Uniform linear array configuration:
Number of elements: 8
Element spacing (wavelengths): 1
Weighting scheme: hamming
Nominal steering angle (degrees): -15
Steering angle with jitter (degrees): -15.447
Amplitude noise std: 0.05
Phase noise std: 0.05

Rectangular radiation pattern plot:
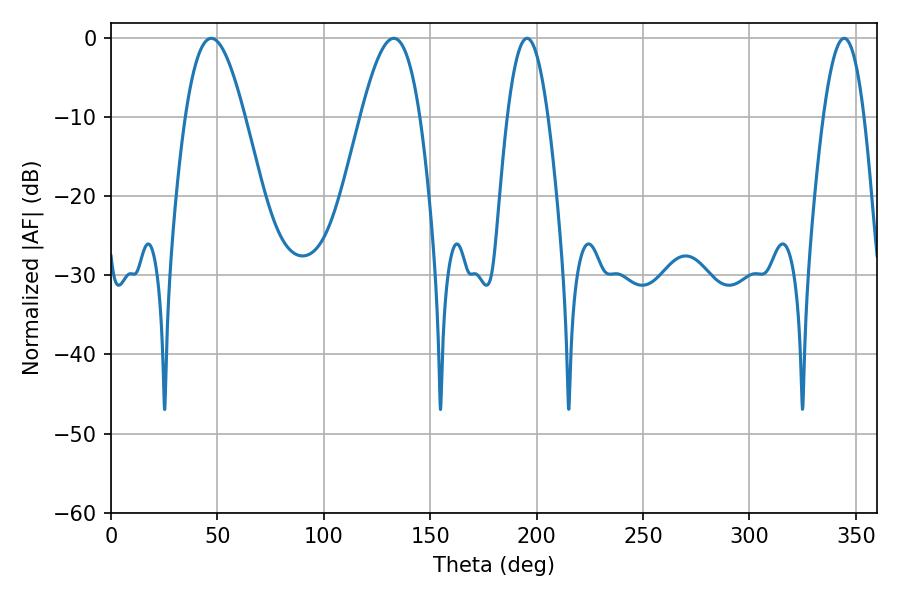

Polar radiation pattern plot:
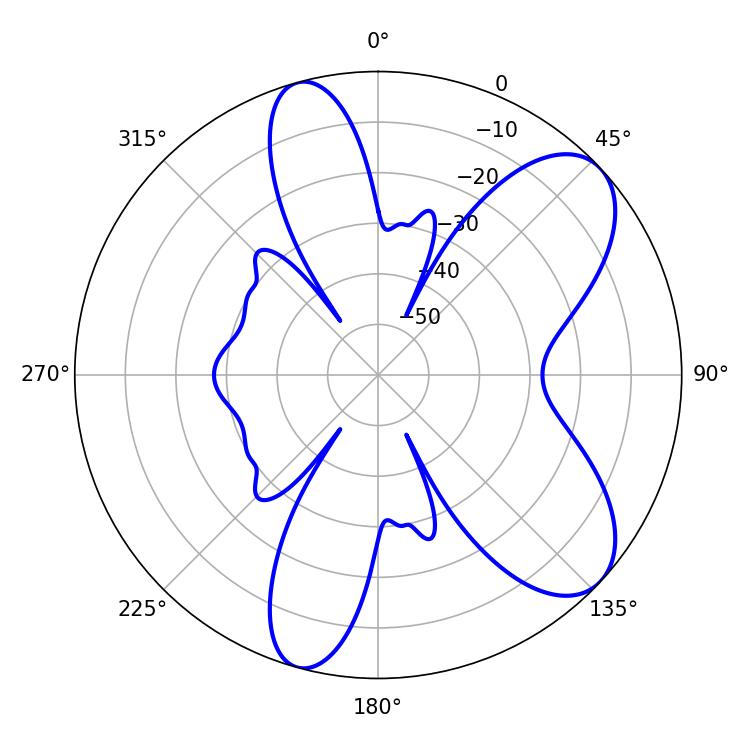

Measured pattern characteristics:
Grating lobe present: TRUE
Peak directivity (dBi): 7.97
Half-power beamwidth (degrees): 10.62
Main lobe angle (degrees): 195.48